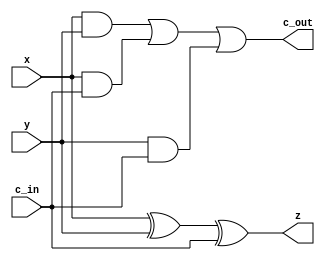
/* Generated by Yosys 0.9 (git sha1 UNKNOWN, clang 3.4.2 -fPIC -Os) */

(* src = "design.sv:116" *)
module FAC(x, y, c_in, z, c_out);
  (* src = "design.sv:122" *)
  wire _00_;
  (* src = "design.sv:122" *)
  wire _01_;
  (* src = "design.sv:122" *)
  wire _02_;
  (* src = "design.sv:122" *)
  wire _03_;
  (* src = "design.sv:121" *)
  wire _04_;
  (* src = "design.sv:117" *)
  input c_in;
  (* src = "design.sv:118" *)
  output c_out;
  (* src = "design.sv:117" *)
  input x;
  (* src = "design.sv:117" *)
  input y;
  (* src = "design.sv:118" *)
  output z;
  assign _00_ = x & (* src = "design.sv:122" *) y;
  assign _01_ = x & (* src = "design.sv:122" *) c_in;
  assign _02_ = y & (* src = "design.sv:122" *) c_in;
  assign _03_ = _00_ | (* src = "design.sv:122" *) _01_;
  assign c_out = _03_ | (* src = "design.sv:122" *) _02_;
  assign _04_ = x ^ (* src = "design.sv:121" *) y;
  assign z = _04_ ^ (* src = "design.sv:121" *) c_in;
endmodule

(* src = "design.sv:172" *)
module control_unit(clk, rst, begin_div, sign, cnt7, ld_a, ld_m, ld_q, ld_sign, operation, left, set_lsb, ld_sum, increment, fin);
  (* src = "design.sv:210" *)
  wire _000_;
  (* src = "design.sv:210" *)
  wire _001_;
  (* src = "design.sv:210" *)
  wire _002_;
  (* src = "design.sv:210" *)
  wire _003_;
  (* src = "design.sv:210" *)
  wire _004_;
  (* src = "design.sv:210" *)
  wire _005_;
  (* src = "design.sv:210" *)
  wire _006_;
  (* src = "design.sv:210" *)
  wire _007_;
  (* src = "design.sv:210" *)
  wire _008_;
  (* src = "design.sv:210" *)
  wire _009_;
  wire _010_;
  wire _011_;
  wire _012_;
  wire _013_;
  wire _014_;
  wire _015_;
  wire _016_;
  wire _017_;
  wire _018_;
  wire [10:0] _019_;
  wire _020_;
  wire _021_;
  wire _022_;
  wire _023_;
  wire _024_;
  wire _025_;
  wire _026_;
  wire _027_;
  wire _028_;
  wire _029_;
  wire _030_;
  wire _031_;
  wire _032_;
  wire _033_;
  wire _034_;
  wire _035_;
  wire _036_;
  wire _037_;
  wire _038_;
  wire _039_;
  wire _040_;
  wire _041_;
  wire _042_;
  wire _043_;
  wire _044_;
  wire _045_;
  wire _046_;
  wire _047_;
  wire _048_;
  wire _049_;
  wire _050_;
  wire _051_;
  wire _052_;
  wire _053_;
  wire _054_;
  wire _055_;
  wire _056_;
  wire _057_;
  wire _058_;
  wire _059_;
  wire _060_;
  wire _061_;
  wire _062_;
  wire _063_;
  wire _064_;
  wire _065_;
  wire _066_;
  wire _067_;
  wire _068_;
  wire _069_;
  wire _070_;
  wire _071_;
  wire _072_;
  wire _073_;
  wire _074_;
  wire _075_;
  wire _076_;
  wire _077_;
  wire _078_;
  (* src = "design.sv:174" *)
  input begin_div;
  (* src = "design.sv:173" *)
  input clk;
  (* src = "design.sv:175" *)
  input cnt7;
  (* init = 1'h0 *)
  (* src = "design.sv:185" *)
  output fin;
  reg fin = 1'h0;
  (* init = 1'h0 *)
  (* src = "design.sv:184" *)
  output increment;
  reg increment = 1'h0;
  (* init = 1'h0 *)
  (* src = "design.sv:176" *)
  output ld_a;
  reg ld_a = 1'h0;
  (* init = 1'h0 *)
  (* src = "design.sv:177" *)
  output ld_m;
  reg ld_m = 1'h0;
  (* init = 1'h0 *)
  (* src = "design.sv:178" *)
  output ld_q;
  reg ld_q = 1'h0;
  (* init = 1'h0 *)
  (* src = "design.sv:179" *)
  output ld_sign;
  reg ld_sign = 1'h0;
  (* init = 1'h0 *)
  (* src = "design.sv:183" *)
  output ld_sum;
  reg ld_sum = 1'h0;
  (* init = 1'h0 *)
  (* src = "design.sv:181" *)
  output left;
  reg left = 1'h0;
  (* init = 1'h0 *)
  (* src = "design.sv:180" *)
  output operation;
  reg operation = 1'h0;
  (* src = "design.sv:173" *)
  input rst;
  (* init = 1'h0 *)
  (* src = "design.sv:182" *)
  output set_lsb;
  reg set_lsb = 1'h0;
  (* src = "design.sv:175" *)
  input sign;
  (* onehot = 32'd1 *)
  reg [10:0] state_reg;
  assign _010_ = _020_ & state_reg[0];
  assign _011_ = _021_ & state_reg[7];
  assign _012_ = _022_ & state_reg[7];
  assign _013_ = cnt7 & state_reg[8];
  assign _014_ = _023_ & state_reg[2];
  assign _015_ = begin_div & state_reg[0];
  assign _016_ = _024_ & state_reg[7];
  assign _017_ = sign & state_reg[2];
  assign _018_ = _021_ & state_reg[8];
  assign _019_[0] = | { state_reg[4], _010_ };
  assign _019_[1] = | { _011_, state_reg[9] };
  assign _019_[4] = | { _012_, _013_ };
  assign _019_[8] = | { _017_, _016_ };
  assign _019_[10] = | { state_reg[5], _018_ };
  always @(posedge clk or negedge rst)
    if (!rst)
      state_reg <= 11'h001;
    else
      state_reg <= { _019_[10], state_reg[3], _019_[8], state_reg[10], _015_, _014_, _019_[4], state_reg[6], state_reg[1], _019_[1:0] };
  assign _020_ = ~ begin_div;
  assign _022_ = { cnt7, sign } == 2'h2;
  assign _023_ = ~ sign;
  assign _024_ = { cnt7, sign } == 2'h3;
  assign _021_ = ~ cnt7;
  assign _025_ = | { state_reg[4], state_reg[5], state_reg[8], state_reg[10] };
  assign _026_ = | { state_reg[5], state_reg[8] };
  assign _027_ = | { state_reg[5], state_reg[7] };
  assign _028_ = | { state_reg[4], state_reg[7], state_reg[10] };
  assign _035_ = ~ (* src = "design.sv:210" *) state_reg[2];
  assign _029_ = ~ (* src = "design.sv:210" *) state_reg[8];
  assign _030_ = ~ (* src = "design.sv:210" *) state_reg[5];
  assign _031_ = ~ (* src = "design.sv:210" *) state_reg[10];
  assign _032_ = ~ (* src = "design.sv:210" *) state_reg[7];
  assign _033_ = ~ (* src = "design.sv:210" *) state_reg[4];
  assign _037_ = ~ (* src = "design.sv:210" *) state_reg[1];
  assign _040_ = ~ (* src = "design.sv:210" *) state_reg[3];
  assign _041_ = ~ (* src = "design.sv:210" *) state_reg[9];
  assign _047_ = ~ (* src = "design.sv:210" *) state_reg[0];
  assign _043_ = ~ (* src = "design.sv:210" *) state_reg[6];
  assign _057_ = | (* src = "design.sv:210" *) { _070_, _072_ };
  assign _059_ = | (* src = "design.sv:210" *) { _073_, _074_ };
  assign _055_ = | (* src = "design.sv:210" *) { _021_, _071_ };
  assign _066_ = | (* src = "design.sv:210" *) { _072_, _075_ };
  assign _068_ = | (* src = "design.sv:210" *) { _074_, _076_ };
  assign _069_ = | (* src = "design.sv:210" *) { _077_, _078_ };
  assign _049_ = _032_ & (* src = "design.sv:210" *) _033_;
  assign _050_ = _031_ & (* src = "design.sv:210" *) _049_;
  assign _051_ = _030_ & (* src = "design.sv:210" *) _050_;
  assign _052_ = _029_ & (* src = "design.sv:210" *) _051_;
  assign _070_ = _035_ & (* src = "design.sv:210" *) _052_;
  assign _053_ = cnt7 & (* src = "design.sv:210" *) _023_;
  assign _072_ = state_reg[7] & (* src = "design.sv:210" *) _056_;
  assign _073_ = _037_ & (* src = "design.sv:210" *) _049_;
  assign _058_ = state_reg[7] & (* src = "design.sv:210" *) cnt7;
  assign _060_ = _029_ & (* src = "design.sv:210" *) _030_;
  assign _061_ = _035_ & (* src = "design.sv:210" *) _060_;
  assign _062_ = _040_ & (* src = "design.sv:210" *) _041_;
  assign _063_ = _043_ & (* src = "design.sv:210" *) _040_;
  assign _064_ = _030_ & (* src = "design.sv:210" *) _032_;
  assign _065_ = _029_ & (* src = "design.sv:210" *) _064_;
  assign _075_ = _035_ & (* src = "design.sv:210" *) _065_;
  assign _054_ = state_reg[7] & (* src = "design.sv:210" *) _053_;
  assign _071_ = cnt7 & (* src = "design.sv:210" *) _054_;
  assign _056_ = state_reg[7] & (* src = "design.sv:210" *) _055_;
  assign _067_ = _037_ & (* src = "design.sv:210" *) _032_;
  assign _076_ = _041_ & (* src = "design.sv:210" *) _067_;
  assign _074_ = state_reg[7] & (* src = "design.sv:210" *) _058_;
  assign _077_ = _047_ & (* src = "design.sv:210" *) _043_;
  assign _078_ = state_reg[0] & (* src = "design.sv:210" *) _010_;
  always @*
    if (_034_)
      set_lsb = _008_;
  assign _034_ = ~ _052_;
  always @*
    if (_036_)
      ld_sum = _005_;
  assign _036_ = ~ _057_;
  always @*
    if (_038_)
      increment = _000_;
  assign _038_ = ~ _059_;
  always @*
    if (_039_)
      ld_sign = _004_;
  assign _039_ = ~ _061_;
  always @*
    if (_042_)
      ld_m = _002_;
  assign _042_ = ~ _062_;
  always @*
    if (_044_)
      ld_q = _003_;
  assign _044_ = ~ _063_;
  always @*
    if (_045_)
      operation = _007_;
  assign _045_ = ~ _066_;
  always @*
    if (_046_)
      left = _006_;
  assign _046_ = ~ _068_;
  always @*
    if (_048_)
      ld_a = _001_;
  assign _048_ = ~ _069_;
  always @*
    if (state_reg[4])
      fin = 1'h1;
  assign _009_ = sign ? (* full_case = 32'd1 *) (* src = "design.sv:256" *) 1'h1 : 1'h0;
  assign _001_ = state_reg[6] ? (* full_case = 32'd1 *) (* src = "design.sv:224|design.sv:213" *) 1'h0 : 1'h1;
  assign _006_ = state_reg[1] ? (* full_case = 32'd1 *) (* src = "design.sv:297|design.sv:213" *) 1'h0 : 1'h1;
  function [0:0] _166_;
    input [0:0] a;
    input [1:0] b;
    input [1:0] s;
    (* full_case = 32'd1 *)
    (* src = "design.sv:297|design.sv:213" *)
    (* parallel_case *)
    casez (s)
      2'b?1:
        _166_ = b[0:0];
      2'b1?:
        _166_ = b[1:1];
      default:
        _166_ = a;
    endcase
  endfunction
  assign _007_ = _166_(_009_, 2'h1, { state_reg[8], _027_ });
  assign _003_ = state_reg[3] ? (* full_case = 32'd1 *) (* src = "design.sv:231|design.sv:213" *) 1'h0 : 1'h1;
  assign _002_ = state_reg[9] ? (* full_case = 32'd1 *) (* src = "design.sv:238|design.sv:213" *) 1'h0 : 1'h1;
  assign _004_ = _026_ ? (* full_case = 32'd1 *) (* src = "design.sv:281|design.sv:213" *) 1'h0 : 1'h1;
  assign _000_ = state_reg[7] ? (* full_case = 32'd1 *) (* src = "design.sv:317|design.sv:213" *) 1'h1 : 1'h0;
  assign _005_ = _025_ ? (* full_case = 32'd1 *) (* src = "design.sv:317|design.sv:213" *) 1'h0 : 1'h1;
  assign _008_ = _028_ ? (* full_case = 32'd1 *) (* src = "design.sv:317|design.sv:213" *) 1'h0 : 1'h1;
  assign { _019_[9], _019_[7:5], _019_[3:2] } = { state_reg[3], state_reg[10], _015_, _014_, state_reg[6], state_reg[1] };
endmodule

(* src = "design.sv:332" *)
module non_res_div_3_0(in_bus, begin_div, clk, rst, fin, out_bus);
  (* src = "design.sv:365" *)
  wire _0_;
  (* src = "design.sv:340" *)
  wire [7:0] a;
  (* src = "design.sv:334" *)
  input begin_div;
  (* src = "design.sv:335" *)
  input clk;
  (* src = "design.sv:355" *)
  wire cnt7;
  (* src = "design.sv:344" *)
  (* unused_bits = "0 1 2" *)
  wire [2:0] count;
  (* src = "design.sv:336" *)
  output fin;
  (* src = "design.sv:356" *)
  wire finish;
  (* src = "design.sv:333" *)
  input [7:0] in_bus;
  (* src = "design.sv:354" *)
  wire increment;
  (* src = "design.sv:346" *)
  wire ld_a;
  (* src = "design.sv:348" *)
  wire ld_m;
  (* src = "design.sv:347" *)
  wire ld_q;
  (* src = "design.sv:349" *)
  wire ld_sign;
  (* src = "design.sv:352" *)
  wire ld_sum;
  (* src = "design.sv:345" *)
  wire left;
  (* src = "design.sv:342" *)
  wire [7:0] m;
  (* src = "design.sv:357" *)
  wire operation;
  (* src = "design.sv:358" *)
  wire [7:0] out;
  (* src = "design.sv:337" *)
  output [7:0] out_bus;
  (* src = "design.sv:341" *)
  wire [7:0] q;
  (* src = "design.sv:343" *)
  wire [7:0] rez;
  (* src = "design.sv:335" *)
  input rst;
  (* src = "design.sv:353" *)
  wire set_lsb;
  (* src = "design.sv:350" *)
  wire sign_in;
  (* src = "design.sv:351" *)
  wire sign_out;
  assign _0_ = ~ (* src = "design.sv:365" *) sign_in;
  (* module_not_derived = 32'd1 *)
  (* src = "design.sv:373" *)
  control_unit cu (
    .begin_div(begin_div),
    .clk(clk),
    .cnt7(cnt7),
    .fin(fin),
    .increment(increment),
    .ld_a(ld_a),
    .ld_m(ld_m),
    .ld_q(ld_q),
    .ld_sign(ld_sign),
    .ld_sum(ld_sum),
    .left(left),
    .operation(operation),
    .rst(rst),
    .set_lsb(set_lsb),
    .sign(sign_in)
  );
  (* module_not_derived = 32'd1 *)
  (* src = "design.sv:361" *)
  reg_sign inst0 (
    .clk(clk),
    .in(sign_out),
    .ld(ld_sign),
    .rez(sign_in),
    .rst(rst)
  );
  (* module_not_derived = 32'd1 *)
  (* src = "design.sv:363" *)
  reg_a inst1 (
    .clk(clk),
    .in_bus(in_bus),
    .ld_in_bus(ld_a),
    .ld_sum(ld_sum),
    .left_shift(left),
    .lsb(q[7]),
    .rez(a),
    .rst(rst),
    .sum(rez)
  );
  (* module_not_derived = 32'd1 *)
  (* src = "design.sv:365" *)
  reg_q inst2 (
    .clk(clk),
    .in_bus(in_bus),
    .ld_in_bus(ld_q),
    .left_shift(left),
    .lsb(_0_),
    .rez(q),
    .rst(rst),
    .set_lsb(set_lsb)
  );
  (* module_not_derived = 32'd1 *)
  (* src = "design.sv:367" *)
  reg_m inst3 (
    .clk(clk),
    .in_bus(in_bus),
    .ld_in_bus(ld_m),
    .rez(m),
    .rst(rst)
  );
  (* module_not_derived = 32'd1 *)
  (* src = "design.sv:369" *)
  reg_counter inst4 (
    .clk(clk),
    .count_is_7(cnt7),
    .increment(increment),
    .rez(count),
    .rst(rst)
  );
  (* module_not_derived = 32'd1 *)
  (* src = "design.sv:376" *)
  reg_out inst5 (
    .clk(clk),
    .in1(a),
    .in2(q),
    .ld_in_bus(fin),
    .rez(out),
    .rst(rst)
  );
  (* module_not_derived = 32'd1 *)
  (* src = "design.sv:371" *)
  parallel_adder_subtractor pa (
    .operation_type(operation),
    .result(rez),
    .sign_in(sign_in),
    .sign_out(sign_out),
    .x(a),
    .y(m)
  );
  assign finish = fin;
  assign out_bus = out;
endmodule

(* src = "design.sv:126" *)
module parallel_adder_subtractor(operation_type, sign_in, x, y, result, sign_out);
  (* src = "design.sv:151" *)
  wire _00_;
  (* src = "design.sv:151" *)
  wire _01_;
  (* src = "design.sv:151" *)
  wire _02_;
  (* src = "design.sv:151" *)
  wire _03_;
  (* src = "design.sv:151" *)
  wire _04_;
  (* src = "design.sv:151" *)
  wire _05_;
  (* src = "design.sv:151" *)
  wire _06_;
  (* src = "design.sv:151" *)
  wire _07_;
  (* src = "design.sv:151" *)
  wire _08_;
  (* src = "design.sv:151" *)
  wire _09_;
  (* src = "design.sv:151" *)
  wire _10_;
  (* src = "design.sv:151" *)
  wire _11_;
  (* src = "design.sv:151" *)
  wire _12_;
  (* src = "design.sv:151" *)
  wire _13_;
  (* src = "design.sv:151" *)
  wire _14_;
  (* src = "design.sv:151" *)
  wire _15_;
  (* src = "design.sv:151" *)
  wire _16_;
  (* src = "design.sv:135" *)
  (* unused_bits = "9" *)
  wire [9:0] carries;
  (* src = "design.sv:127" *)
  input operation_type;
  (* src = "design.sv:131" *)
  output [7:0] result;
  (* src = "design.sv:128" *)
  input sign_in;
  (* src = "design.sv:132" *)
  output sign_out;
  (* src = "design.sv:136" *)
  wire [8:0] sum;
  (* src = "design.sv:129" *)
  input [7:0] x;
  (* src = "design.sv:138" *)
  wire [8:0] x_ext;
  (* src = "design.sv:130" *)
  input [7:0] y;
  (* src = "design.sv:139" *)
  wire [8:0] y_ext;
  (* module_not_derived = 32'd1 *)
  (* src = "design.sv:151" *)
  FAC _17_ (
    .c_in(carries[0]),
    .c_out(carries[1]),
    .x(x[0]),
    .y(_08_),
    .z(sum[0])
  );
  (* module_not_derived = 32'd1 *)
  (* src = "design.sv:151" *)
  FAC _18_ (
    .c_in(carries[1]),
    .c_out(carries[2]),
    .x(x[1]),
    .y(_09_),
    .z(sum[1])
  );
  (* module_not_derived = 32'd1 *)
  (* src = "design.sv:151" *)
  FAC _19_ (
    .c_in(carries[2]),
    .c_out(carries[3]),
    .x(x[2]),
    .y(_10_),
    .z(sum[2])
  );
  (* module_not_derived = 32'd1 *)
  (* src = "design.sv:151" *)
  FAC _20_ (
    .c_in(carries[3]),
    .c_out(carries[4]),
    .x(x[3]),
    .y(_11_),
    .z(sum[3])
  );
  (* module_not_derived = 32'd1 *)
  (* src = "design.sv:151" *)
  FAC _21_ (
    .c_in(carries[4]),
    .c_out(carries[5]),
    .x(x[4]),
    .y(_12_),
    .z(sum[4])
  );
  (* module_not_derived = 32'd1 *)
  (* src = "design.sv:151" *)
  FAC _22_ (
    .c_in(carries[5]),
    .c_out(carries[6]),
    .x(x[5]),
    .y(_13_),
    .z(sum[5])
  );
  (* module_not_derived = 32'd1 *)
  (* src = "design.sv:151" *)
  FAC _23_ (
    .c_in(carries[6]),
    .c_out(carries[7]),
    .x(x[6]),
    .y(_14_),
    .z(sum[6])
  );
  (* module_not_derived = 32'd1 *)
  (* src = "design.sv:151" *)
  FAC _24_ (
    .c_in(carries[7]),
    .c_out(carries[8]),
    .x(x[7]),
    .y(_15_),
    .z(sum[7])
  );
  (* module_not_derived = 32'd1 *)
  (* src = "design.sv:151" *)
  FAC _25_ (
    .c_in(carries[8]),
    .c_out(carries[9]),
    .x(sign_in),
    .y(_16_),
    .z(sign_out)
  );
  assign carries[0] = ~ (* src = "design.sv:141" *) operation_type;
  assign _00_ = ~ (* src = "design.sv:151" *) y[0];
  assign _01_ = ~ (* src = "design.sv:151" *) y[1];
  assign _02_ = ~ (* src = "design.sv:151" *) y[2];
  assign _03_ = ~ (* src = "design.sv:151" *) y[3];
  assign _04_ = ~ (* src = "design.sv:151" *) y[4];
  assign _05_ = ~ (* src = "design.sv:151" *) y[5];
  assign _06_ = ~ (* src = "design.sv:151" *) y[6];
  assign _07_ = ~ (* src = "design.sv:151" *) y[7];
  assign _08_ = operation_type ? (* src = "design.sv:151" *) y[0] : _00_;
  assign _09_ = operation_type ? (* src = "design.sv:151" *) y[1] : _01_;
  assign _10_ = operation_type ? (* src = "design.sv:151" *) y[2] : _02_;
  assign _11_ = operation_type ? (* src = "design.sv:151" *) y[3] : _03_;
  assign _12_ = operation_type ? (* src = "design.sv:151" *) y[4] : _04_;
  assign _13_ = operation_type ? (* src = "design.sv:151" *) y[5] : _05_;
  assign _14_ = operation_type ? (* src = "design.sv:151" *) y[6] : _06_;
  assign _15_ = operation_type ? (* src = "design.sv:151" *) y[7] : _07_;
  assign _16_ = operation_type ? (* src = "design.sv:151" *) 1'h0 : 1'h1;
  assign result = sum[7:0];
  assign sum[8] = sign_out;
  assign x_ext = { sign_in, x };
  assign y_ext = { 1'h0, y };
endmodule

(* src = "design.sv:29" *)
module reg_a(clk, rst, ld_in_bus, ld_sum, left_shift, lsb, in_bus, sum, rez);
  (* src = "design.sv:36" *)
  wire [7:0] _00_;
  wire [6:0] _01_;
  wire [6:0] _02_;
  wire _03_;
  wire _04_;
  (* src = "design.sv:30" *)
  input clk;
  (* src = "design.sv:31" *)
  input [7:0] in_bus;
  (* src = "design.sv:30" *)
  input ld_in_bus;
  (* src = "design.sv:30" *)
  input ld_sum;
  (* src = "design.sv:30" *)
  input left_shift;
  (* src = "design.sv:30" *)
  input lsb;
  (* src = "design.sv:33" *)
  output [7:0] rez;
  reg [7:0] rez;
  (* src = "design.sv:30" *)
  input rst;
  (* src = "design.sv:32" *)
  input [7:0] sum;
  always @(posedge clk or negedge rst)
    if (!rst)
      rez <= 8'h00;
    else
      rez <= _00_;
  assign _01_ = left_shift ? (* src = "design.sv:44" *) rez[6:0] : rez[7:1];
  assign _02_ = ld_sum ? (* full_case = 32'd1 *) (* src = "design.sv:41" *) sum[7:1] : _01_;
  assign _00_[7:1] = ld_in_bus ? (* full_case = 32'd1 *) (* src = "design.sv:38" *) in_bus[7:1] : _02_;
  assign _03_ = left_shift ? (* src = "design.sv:44" *) lsb : rez[0];
  assign _04_ = ld_sum ? (* full_case = 32'd1 *) (* src = "design.sv:41" *) sum[0] : _03_;
  assign _00_[0] = ld_in_bus ? (* full_case = 32'd1 *) (* src = "design.sv:38" *) in_bus[0] : _04_;
endmodule

(* src = "design.sv:94" *)
module reg_counter(clk, rst, increment, rez, count_is_7);
  (* src = "design.sv:100" *)
  wire _00_;
  (* src = "design.sv:100" *)
  wire [2:0] _01_;
  (* src = "design.sv:110" *)
  (* unused_bits = "3 4 5 6 7 8 9 10 11 12 13 14 15 16 17 18 19 20 21 22 23 24 25 26 27 28 29 30 31" *)
  wire [31:0] _02_;
  (* src = "design.sv:105" *)
  wire _03_;
  wire [2:0] _04_;
  (* src = "design.sv:95" *)
  input clk;
  (* src = "design.sv:97" *)
  output count_is_7;
  reg count_is_7;
  (* src = "design.sv:95" *)
  input increment;
  (* src = "design.sv:96" *)
  output [2:0] rez;
  reg [2:0] rez;
  (* src = "design.sv:95" *)
  input rst;
  assign _02_ = rez + (* src = "design.sv:110" *) 32'd1;
  assign _03_ = rez == (* src = "design.sv:105" *) 3'h7;
  always @(posedge clk or negedge rst)
    if (!rst)
      rez <= 3'h0;
    else
      rez <= _01_;
  always @(posedge clk or negedge rst)
    if (!rst)
      count_is_7 <= 1'h0;
    else
      count_is_7 <= _00_;
  assign _00_ = _03_ ? (* full_case = 32'd1 *) (* src = "design.sv:105" *) 1'h1 : count_is_7;
  assign _04_ = increment ? (* src = "design.sv:109" *) _02_[2:0] : rez;
  assign _01_ = _03_ ? (* full_case = 32'd1 *) (* src = "design.sv:105" *) 3'h0 : _04_;
endmodule

(* src = "design.sv:2" *)
module reg_m(clk, rst, ld_in_bus, in_bus, rez);
  (* src = "design.sv:7" *)
  wire [7:0] _0_;
  (* src = "design.sv:3" *)
  input clk;
  (* src = "design.sv:4" *)
  input [7:0] in_bus;
  (* src = "design.sv:3" *)
  input ld_in_bus;
  (* src = "design.sv:5" *)
  output [7:0] rez;
  reg [7:0] rez;
  (* src = "design.sv:3" *)
  input rst;
  always @(posedge clk or negedge rst)
    if (!rst)
      rez <= 8'h00;
    else
      rez <= _0_;
  assign _0_ = ld_in_bus ? (* src = "design.sv:9" *) in_bus : rez;
endmodule

(* src = "design.sv:52" *)
module reg_out(clk, rst, ld_in_bus, in1, in2, rez);
  (* src = "design.sv:61" *)
  wire _0_;
  (* src = "design.sv:61" *)
  wire [7:0] _1_;
  wire _2_;
  wire [7:0] _3_;
  (* src = "design.sv:59" *)
  reg aux;
  (* src = "design.sv:53" *)
  input clk;
  (* src = "design.sv:54" *)
  input [7:0] in1;
  (* src = "design.sv:55" *)
  input [7:0] in2;
  (* src = "design.sv:53" *)
  input ld_in_bus;
  (* src = "design.sv:56" *)
  output [7:0] rez;
  reg [7:0] rez;
  (* src = "design.sv:53" *)
  input rst;
  always @(posedge clk or negedge rst)
    if (!rst)
      rez <= 8'h00;
    else
      rez <= _1_;
  always @(posedge clk or negedge rst)
    if (!rst)
      aux <= 1'h0;
    else
      aux <= _0_;
  assign _2_ = aux ? (* full_case = 32'd1 *) (* src = "design.sv:67" *) 1'h0 : 1'h1;
  assign _0_ = ld_in_bus ? (* src = "design.sv:66" *) _2_ : aux;
  assign _3_ = aux ? (* full_case = 32'd1 *) (* src = "design.sv:67" *) in2 : in1;
  assign _1_ = ld_in_bus ? (* src = "design.sv:66" *) _3_ : rez;
endmodule

(* src = "design.sv:12" *)
module reg_q(clk, rst, ld_in_bus, left_shift, set_lsb, lsb, in_bus, rez);
  (* src = "design.sv:18" *)
  wire [7:0] _0_;
  wire [6:0] _1_;
  wire _2_;
  wire _3_;
  (* src = "design.sv:13" *)
  input clk;
  (* src = "design.sv:14" *)
  input [7:0] in_bus;
  (* src = "design.sv:13" *)
  input ld_in_bus;
  (* src = "design.sv:13" *)
  input left_shift;
  (* src = "design.sv:13" *)
  input lsb;
  (* src = "design.sv:15" *)
  output [7:0] rez;
  reg [7:0] rez;
  (* src = "design.sv:13" *)
  input rst;
  (* src = "design.sv:13" *)
  input set_lsb;
  always @(posedge clk or negedge rst)
    if (!rst)
      rez <= 8'h00;
    else
      rez <= _0_;
  assign _1_ = left_shift ? (* full_case = 32'd1 *) (* src = "design.sv:21" *) rez[6:0] : rez[7:1];
  assign _0_[7:1] = ld_in_bus ? (* full_case = 32'd1 *) (* src = "design.sv:20" *) in_bus[7:1] : _1_;
  assign _2_ = set_lsb ? (* src = "design.sv:24" *) lsb : rez[0];
  assign _3_ = left_shift ? (* full_case = 32'd1 *) (* src = "design.sv:21" *) 1'h0 : _2_;
  assign _0_[0] = ld_in_bus ? (* full_case = 32'd1 *) (* src = "design.sv:20" *) in_bus[0] : _3_;
endmodule

(* src = "design.sv:79" *)
module reg_sign(clk, rst, ld, in, rez);
  (* src = "design.sv:84" *)
  wire _0_;
  (* src = "design.sv:80" *)
  input clk;
  (* src = "design.sv:80" *)
  input in;
  (* src = "design.sv:80" *)
  input ld;
  (* src = "design.sv:81" *)
  output rez;
  reg rez;
  (* src = "design.sv:80" *)
  input rst;
  always @(posedge clk or negedge rst)
    if (!rst)
      rez <= 1'h0;
    else
      rez <= _0_;
  assign _0_ = ld ? (* src = "design.sv:88" *) in : rez;
endmodule